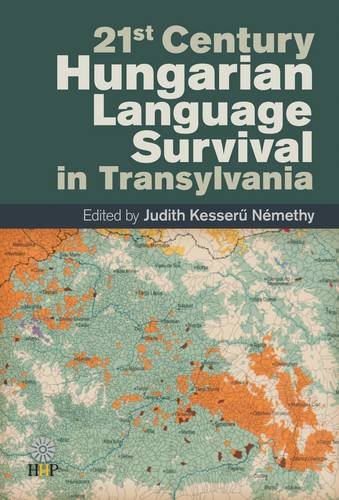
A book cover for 21st Century Hungarian Language Survival in Transylvannia; Judith Kesseru Nemethy; History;